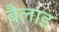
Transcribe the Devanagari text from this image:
बैलाड